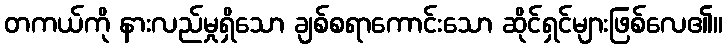
တကယ်ကို နားလည်မှုရှိသော ချစ်စရာကောင်းသော ဆိုင်ရှင်များဖြစ်လေ၏။